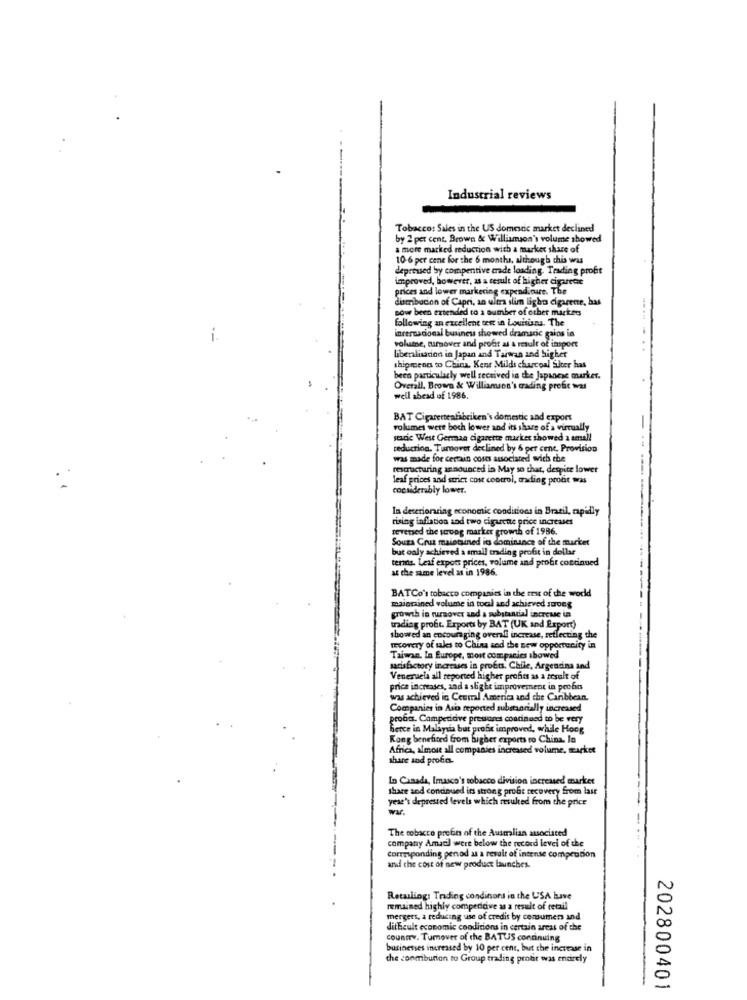
Industrial reviews
Tobacco: Sales in the US domestic market declined
by 2 per cent. Brown & Williamson's volume showed
a more marked reduction with a market share of
10-6 per cane for the 6 months, although this was
depressed by compentive made loading. Trading profit
improved, however, as a result of higher cigarene
prices and lower markering expenditure. The
distribucion of Capri, an ultra slim light cigarette, bas
now been extended to a number of other markets
following an excellent test in Louisiana. The
internacional business showed dramaric galos in
i.
volume, turnover and profit at & result of import
liberalisation in Japan and Taiwan and higher
shipments to China, Kent Milds charcoal Siter has
been particularly well received in the Japanese marker.
Overall. Brown & Williamson's trading profit was
well abead of 1986.
BAT Cigaretteafabriken's domestic and export
volumes wert boch lower and its share of a virtually
staric West German cigarette murker showed a small
reduction. Tumover declined by 6 per cent. Provision
was made for certain costs associated with the
restructuring announced in May so that, despite lower
leaf prices and strict cost control, anding profit was
cocuiderably lower.
la deteriorating economic conditions in Brazil, rapidly
rising inflation and two cigarette price increases
reversed the svag marker growth of 1986.
Souza Cruz maintained in dominance of the market
but only achieved a small trading profit in dollar
termos. Leaf export prices, volume and probt continued
at the same level as in 1986.
BATCo's tobacco companies in the rest of the world
maintained volume in tool and achieved swrong
growth in ruraover and a substantial increase in
trading profit. Erports by BAT (UK and Export)
showed an encouraging overalt increase, reflecting the
recovery of sales to China and the new opportunity in
Taiwan. In Europe, most companies showed
satisfactory increases in profits, Chile, Argendina and
Venezuela all reported higher profes as a result of
price increases, and a slight improvement in pechin
was achieved in Cemmal America and the Caribbean.
Companies in Asta reported subeorially increased
proba. Camperidive presvanes continued to be very
Berce in Malaysia but probt improved, while Hong
Kong benefited from higher exports to China. In
Africa, almost all companies increased volume, market
share and proto-
Lo Canada, Imasco's tobacco division increased market
share and continued its strong profic recovery from last
year's depressed levels which resulted from the price
Wir.
The tobacco preen of the Ausmlian associated
company Amadil were below the record level of the
Corresponding penod as a result of intense comprunon
and the cost of new product launches-
Retailing: Trading condinord in the USA have
remained highly competitive as a result of retail
mergers, a reducing use of credit by consumers and
difficult economic conditions in certain areas of the
country. Tumover of the BATUS continuing
businesses increased by 10 per cent, but the increase in
che conmibution to Group trading profit was enarcly
202800401